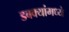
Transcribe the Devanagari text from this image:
डबक्यांमध्ये